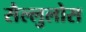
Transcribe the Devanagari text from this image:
सैल्लुलोस